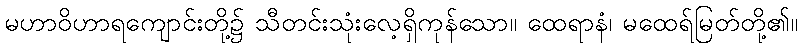
မဟာဝိဟာရကျောင်းတို့၌ သီတင်းသုံးလေ့ရှိကုန်သော။ ထေရာနံ၊ မထေရ်မြတ်တို့၏။